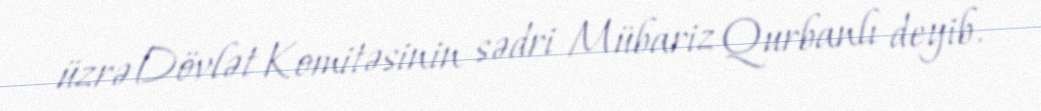
üzrə Dövlət Komitəsinin sədri Mübariz Qurbanlı deyib.